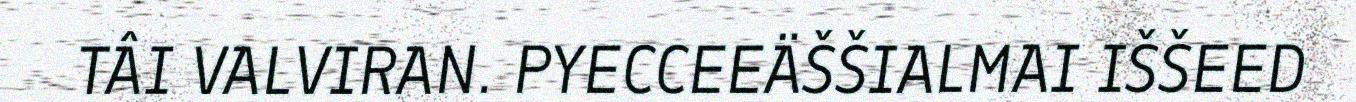
TÂI VALVIRAN. PYECCEEÄŠŠIALMAI IŠŠEED